Report on the nature of kala-azar
Disease focus: Kala-Azar
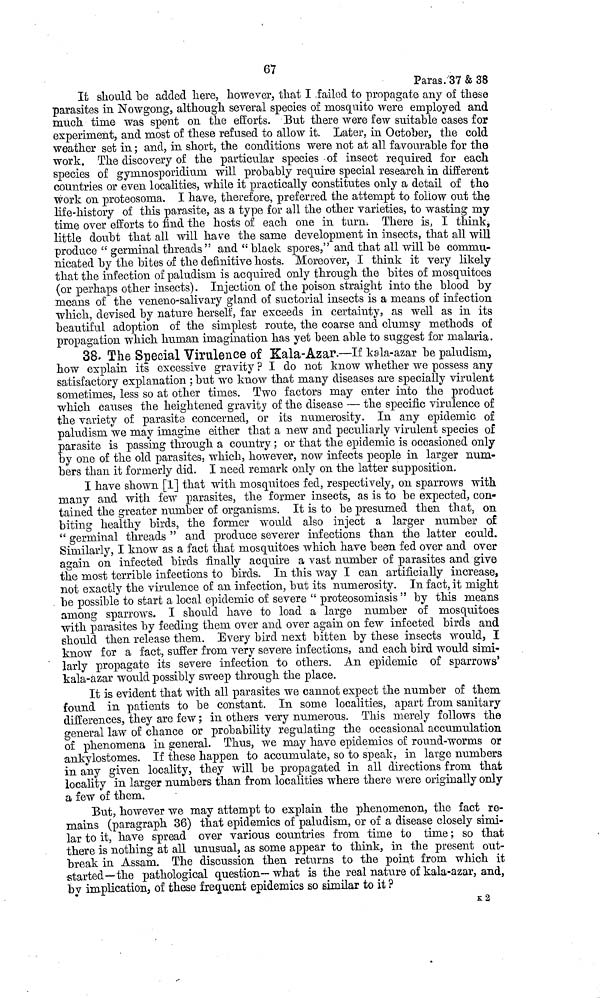
67
Paras. 37 & 38
It should be added here, however, that I failed to propagate any of these
parasites in Nowgong, although several species of mosquito were employed and
much time was spent on the efforts. But there were few suitable cases for
experiment, and most of these refused to allow it. Later, in October, the cold
weather set in ; and, in short, the conditions were not at all favourable for the
work. The discovery of the particular species of insect required for each
species of gymnosporidium will probably require special research in different
countries or even localities, while it practically constitutes only a detail of the
work on proteosoma. I have, therefore, preferred the attempt to follow out the
life-history of this parasite, as a type for all the other varieties, to wasting my
time over efforts to find the hosts of each one in turn. There is, I think,
little doubt that all will have the same development in insects, that all will
produce " germinal threads " and " black spores," and that all will be commu-
nicated by the bites of the definitive hosts. Moreover, I think it very likely
that the infection of paludism is acquired only through the bites of mosquitoes
(or perhaps other insects). Injection of the poison straight into the blood by
means of the veneno-salivary gland of suctorial insects is a means of infection
which, devised by nature herself, far exceeds in certainty, as well as in its
beautiful adoption of the simplest route, the coarse and clumsy methods of
propagation which human imagination has yet been able to suggest for malaria.
38. The Special Virulence of Kala-Azar.—If kala-azar be paludism,
how explain its excessive gravity ? I do not know whether we possess any
satisfactory explanation ; but we know that many diseases are specially virulent
sometimes, less so at other times. Two factors may enter into the product
which causes the heightened gravity of the disease — the specific virulence of
the variety of parasite concerned, or its numerosity. In any epidemic of
paludism we may imagine either that a new and peculiarly virulent species of
parasite is passing through a country ; or that the epidemic is occasioned only
by one of the old parasites, which, however, now infects people in larger num-
bers than it formerly did. I need remark only on the latter supposition.
I have shown [1] that with mosquitoes fed, respectively, on sparrows with
many and with few parasites, the former insects, as is to be expected, con-
tained the greater number of organisms. It is to be presumed then that, on
biting healthy birds, the former would also inject a larger number of
" germinal threads " and produce severer infections than the latter could.
Similarly, I know as a fact that mosquitoes which have been fed over and over
again on infected birds finally acquire a vast number of parasites and give
the most terrible infections to birds. In this way I can artificially increase,
not exactly the virulence of an infection, but its numerosity. In fact, it might
be possible to start a local epidemic of severe " proteosomiasis " by this means
among sparrows. I should have to load a large number of mosquitoes
with parasites by feeding them over and over again on few infected birds and
should then release them. Every bird next bitten by these insects would, I
know for a fact, suffer from very severe infections, and each bird would simi-
larly propagate its severe infection to others. An epidemic of sparrows'
kala-azar would possibly sweep through the place.
It is evident that with all parasites we cannot expect the number of them
found in patients to be constant. In some localities, apart from sanitary
differences, they are few ; in others very numerous. This merely follows the
general law of chance or probability regulating the occasional accumulation
of phenomena in general. Thus, we may have epidemics of round-worms or
ankylostomes. If these happen to accumulate, so to speak, in large numbers
in any given locality, they will be propagated in all directions from that
locality in larger numbers than from localities where there were originally only
a few of them.
But, however we may attempt to explain the phenomenon, the fact re-
mains (paragraph 36) that epidemics of paludism, or of a disease closely simi-
lar to it, have spread over various countries from time to time ; so that
there is nothing at all unusual, as some appear to think, in the present out-
break in Assam. The discussion then returns to the point from which it
started—the pathological question— what is the real nature of kala-azar, and,
by implication, of these frequent epidemics so similar to it ?
K 2